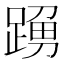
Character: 𨂹